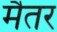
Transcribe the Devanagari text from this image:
मैतर